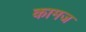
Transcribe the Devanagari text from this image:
कामज